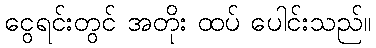
ငွေရင်းတွင် အတိုး ထပ် ပေါင်းသည်။